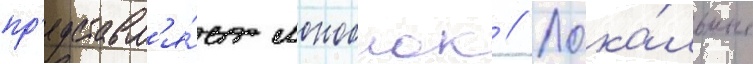
пр'едставл'я́ет моноблок // Лока́льные